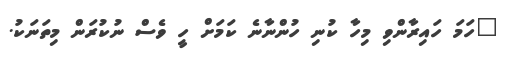
"ހަމަ ހައިރާންވި މިހާ ކުނި ހުންނާނެ ކަމަށް ހީ ވެސް ނުކުރަން މިތަނަކު.